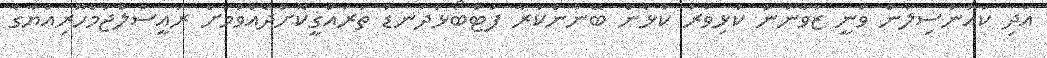
އަދި ކައުންސިލުން ވަނީ ޒުވާނުން ކުޅިވަރު ކުޅެން ބޭނުންކުރާ ފުޓްބޯޅަދަނޑު ތަރައްގީކޮށްދެއްވުމަށް ރައީސުލްޖުމްހޫރިއްޔާގެ